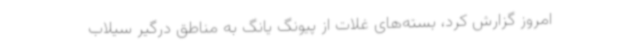
امروز گزارش کرد، بسته‌های غلات از پیونگ یانگ به مناطق درگیر سیلاب